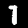
Digit: 7